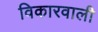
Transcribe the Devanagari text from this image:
विकारवाली